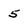
Character: 5